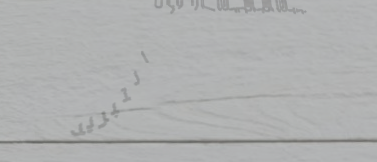
بيع وتوزيع أجهزة التبريد